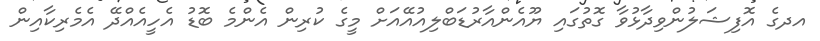
އދގެ އޮފިޝަލުންވިދާޅުވާ ގޮތުގައި ޔޫއެންއާރުޑަބްލިއުއޭއަށް މީގެ ކުރިން އެންމެ ބޮޑު އެހީއެއްދޭ އެމެރިކާއިން